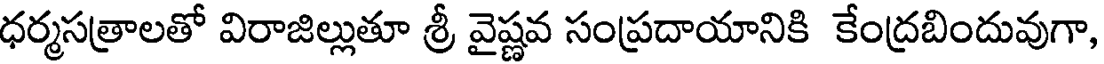
ధర్మసత్రాలతో విరాజిల్లుతూ శ్రీ వైష్ణవ సంప్రదాయానికి కేంద్రబిందువుగా,